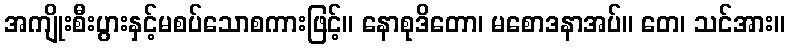
အကျိုးစီးပွားနှင့်မစပ်သောစကားဖြင့်။ နောစုဒိတော၊ မစောဒနာအပ်။ တေ၊ သင်အား။